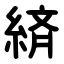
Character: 緕